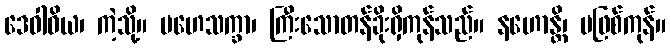
ဒေဝါဝိယ၊ ကဲ့သို့။ မဟေသက္ခာ၊ ကြီးသောတန်ခိုးရှိကုန်သည်။ နဟောန္တိ၊ မဖြစ်ကုန်။